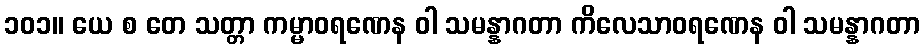
၁၀၁။ ယေ စ တေ သတ္တာ ကမ္မာဝရဏေန ဝါ သမန္နာဂတာ ကိလေသာဝရဏေန ဝါ သမန္နာဂတာ